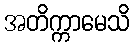
အတိက္ကာမေသိ